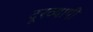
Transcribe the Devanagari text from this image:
दूरव्यापी